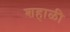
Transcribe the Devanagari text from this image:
शहाळी